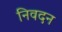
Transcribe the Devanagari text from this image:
निवदन